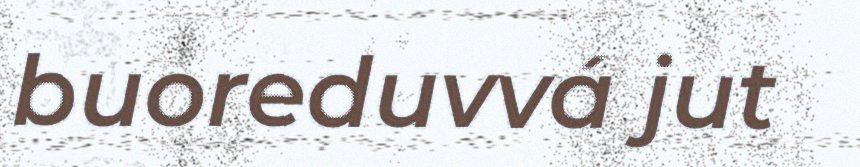
buoreduvvá jut